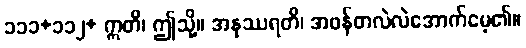
၁၁၁+၁၁၂+ ဣတိ၊ ဤသို့။ အနုဿရတိ၊ အဖန်တလဲလဲအောက်မေ့၏။